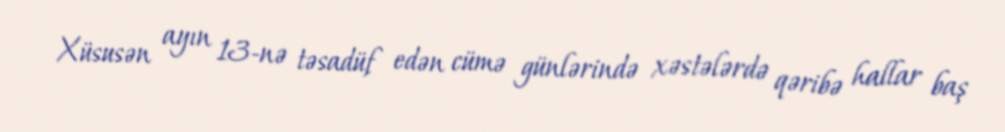
Xüsusən ayın 13-nə təsadüf edən cümə günlərində xəstələrdə qəribə hallar baş